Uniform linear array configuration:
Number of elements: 48
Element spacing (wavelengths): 1
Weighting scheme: binomial
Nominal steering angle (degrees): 0
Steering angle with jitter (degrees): -0.3245
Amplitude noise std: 0.05
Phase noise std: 0.05

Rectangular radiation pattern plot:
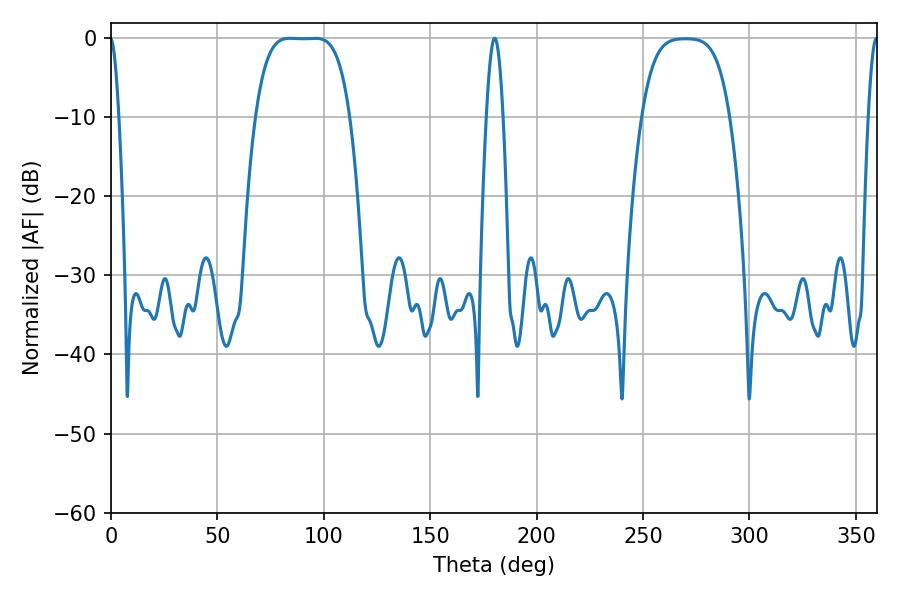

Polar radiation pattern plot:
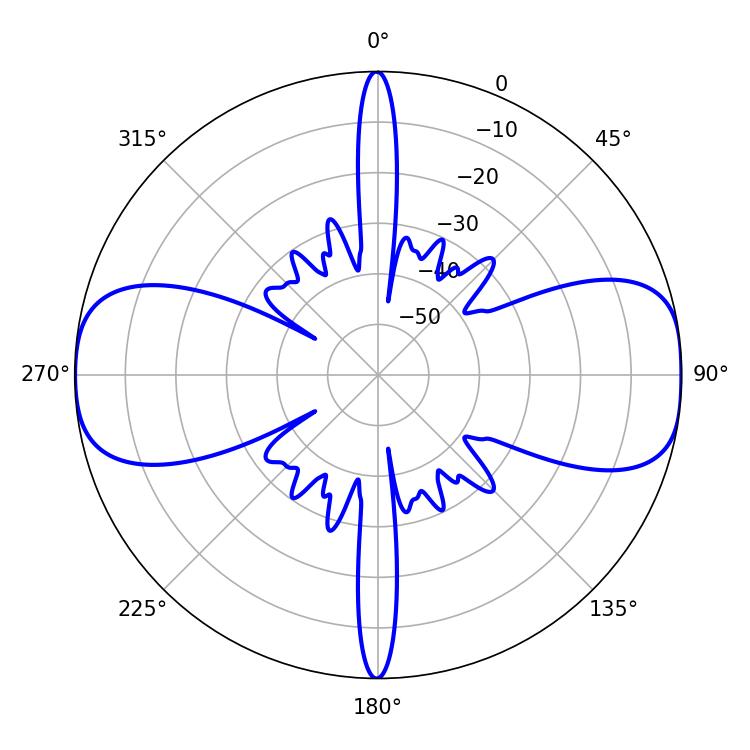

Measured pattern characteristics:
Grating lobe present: TRUE
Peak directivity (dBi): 14.046
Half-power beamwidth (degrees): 33.84
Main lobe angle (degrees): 84.06